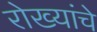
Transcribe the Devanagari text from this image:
रोख्यांचे